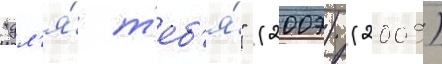
"дл'я́ т'еб'я́" (2007) (2009)